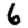
Digit: 6